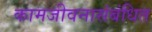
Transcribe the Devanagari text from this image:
कामजीवनासंबंधित